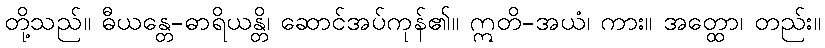
တို့သည်။ ဓီယန္တေ-ဓာရိယန္တိ၊ ဆောင်အပ်ကုန်၏။ ဣတိ-အယံ၊ ကား။ အတ္ထော၊ တည်း။